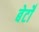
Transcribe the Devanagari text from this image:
बेटोँ